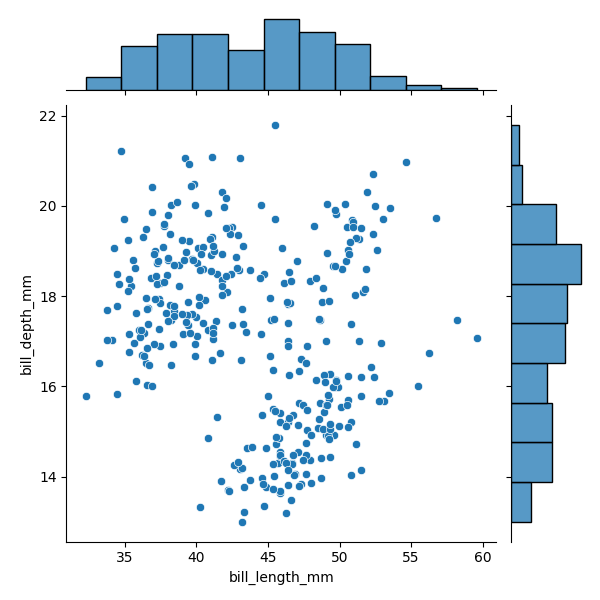
python, seaborn, JointGrid, scatterplot, histplot